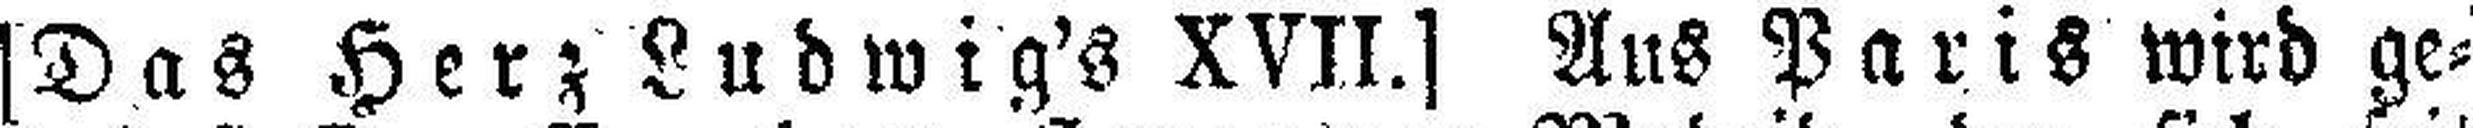
[Das Herz Ludwig's XVII.] Aus Paris wird ge¬